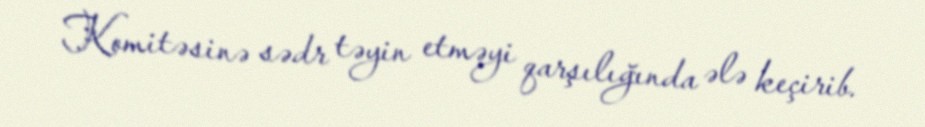
Komitəsinə sədr təyin etməyi qarşılığında ələ keçirib.